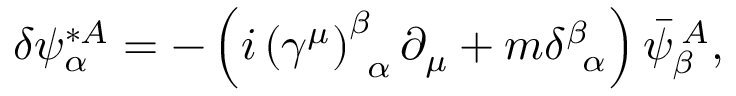
\delta \psi _ { \alpha } ^ { * A } = - \left( i \left( \gamma ^ { \mu } \right) _ { \; \; \alpha } ^ { \beta } \partial _ { \mu } + m \delta _ { \; \; \alpha } ^ { \beta } \right) \bar { \psi } _ { \beta } ^ { \; A } ,